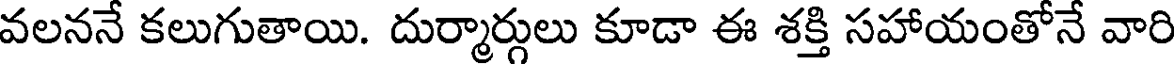
వలననే కలుగుతాయి. దుర్మార్గులు కూడా ఈ శక్తి సహాయంతోనే వారి